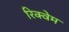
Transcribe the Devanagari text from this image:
रिक्वेम